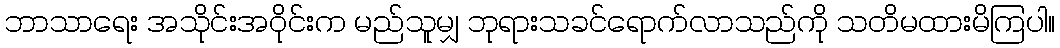
ဘာသာရေး အသိုင်းအဝိုင်းက မည်သူမျှ ဘုရားသခင်ရောက်လာသည်ကို သတိမထားမိကြပါ။